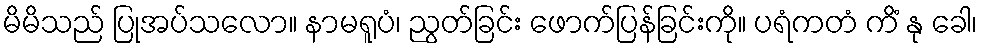
မိမိသည် ပြုအပ်သလော။ နာမရူပံ၊ ညွတ်ခြင်း ဖောက်ပြန်ခြင်းကို။ ပရံကတံ ကိံ နု ခေါ၊